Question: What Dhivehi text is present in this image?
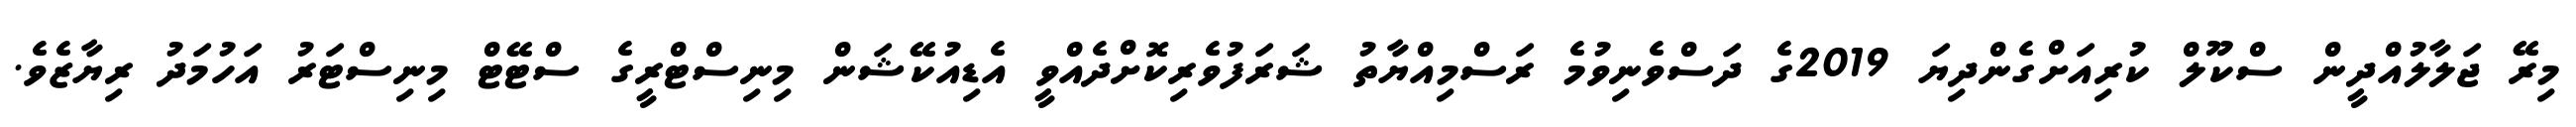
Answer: މިރޭ ޖަލާލުއްދީން ސްކޫލް ކުރިއަށްގެންދިޔަ 2019ގެ ދަސްވެނިވުމެ ރަސްމިއްޔާތު ޝަރަފުވެރިކޮށްދެއްވީ އެޑިއުކޭޝަން މިނިސްޓްރީގެ ސްޓޭޓް މިނިސްޓަރު އަހުމަދު ރިޔާޒެވެ.